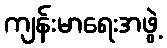
ကျန်းမာရေးအဖွဲ့